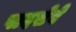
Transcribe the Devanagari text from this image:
पादसेवे